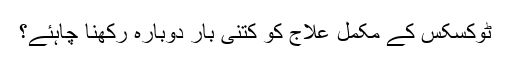
ٹوکسکس کے مکمل علاج کو کتنی بار دوبارہ رکھنا چاہئے؟